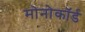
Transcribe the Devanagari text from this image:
मोनोकॉर्ड